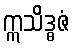
ဣသိဒ္ဓဇံ